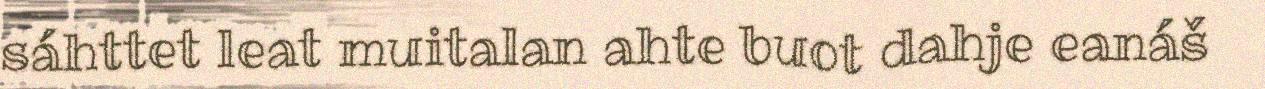
sáhttet leat muitalan ahte buot dahje eanáš